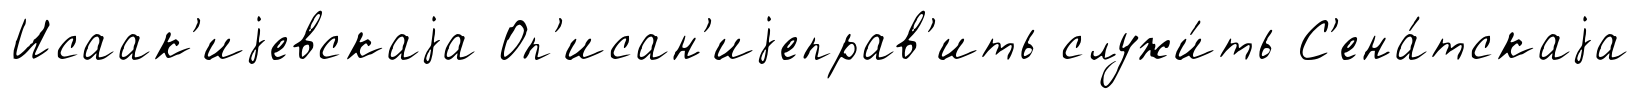
Исаак'иjевскаjа Оп'исан'иjеправ'ить служи́ть С'ена́тскаjа